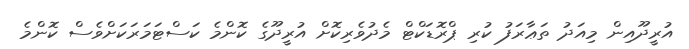
އުރީދޫއިން މިއަދު ތަޢާރަފު ކުރި ޕްރޮޑަކްޓް މެދުވެރިކޮށް އުރީދޫގެ ކޮންމެ ކަސްޓަމަރަކަށްވެސް ކޮންމެ